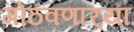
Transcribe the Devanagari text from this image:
गोठवणार्‍या